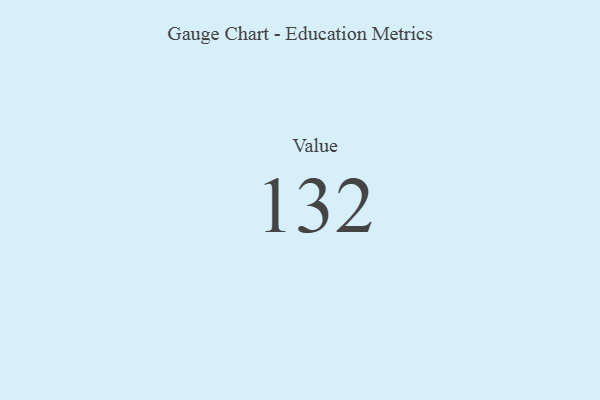
{"axis": {"x": "Metric", "y": "Value"}, "legend": [""], "data": [{"x": "Value", "y": 132, "type": ""}]}